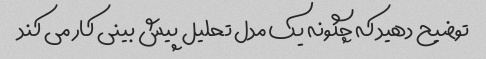
توضیح دهید که چگونه یک مدل تحلیل پیش بینی کار می کند